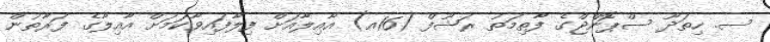
ސ. ހިތަދޫ ސްޕޮންޖްގެ ފާޠިމަތު ރަޝޫފް (16އ) އާއިލާއަށް ފިލާފައިވާކަމަށް އާއިލާގެ ފަރާތުުން